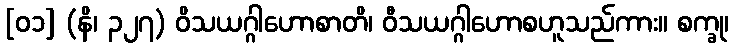
[၀၁] (နိ၊ ၃၂၇) ဝိသယဂ္ဂါဟောစာတိ၊ ဝီသယဂ္ဂါဟောစဟူသည်ကား။ စက္ခု၊